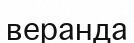
веранда